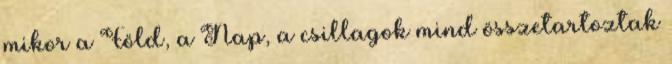
mikor a Föld, a Nap, a csillagok mind összetartoztak